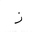
Letter: _zay